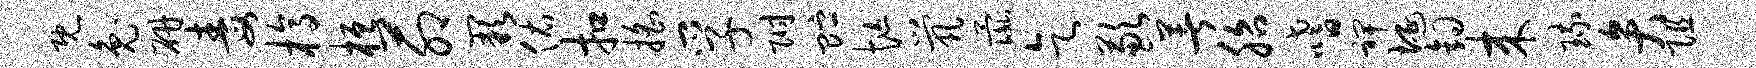
既兔研毒槁桓茆缺佑扣摇孚附贮忙茕彘乞歉著胎嗜裨埏钩来琉弁阻